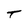
Character: T